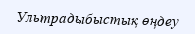
Ультрадыбыстық өңдеу